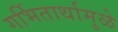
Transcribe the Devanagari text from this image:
गर्भितार्थामुळे